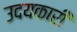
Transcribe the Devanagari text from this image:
उदयकारी